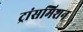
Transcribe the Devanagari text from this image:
ट्रांसमिशन